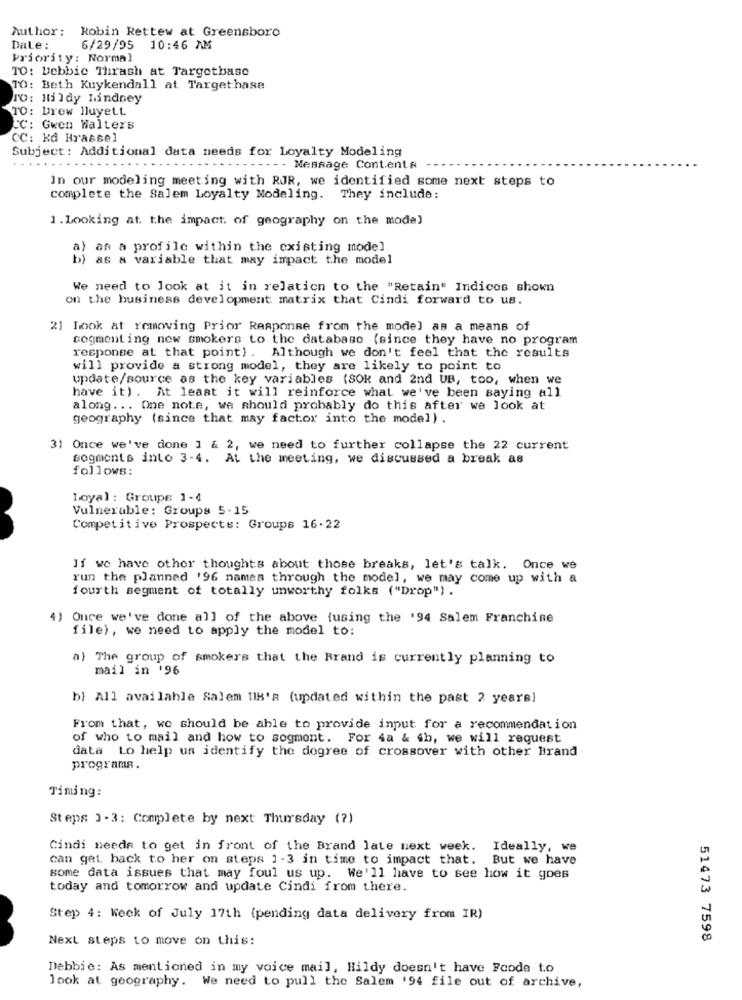
Author :
Robin Rettew at Greensboro
Dale :
6/29/95 10:46 AM
Priority: Normal
TO: Debbie Thrash at Targetbase
TO: Beth Kuykendall at Targethase
To: Hildy Lindsey
TO: Drew lluyett
CC: Gwen Walters
CC: kd Brassel
Subject: Additional data needs for Loyalty Modeling
Message Contents
In our modeling meeting with RJR, we identified some next steps to
complete the Salem Loyalty Modeling. They include:
1.Looking at. the impact. of geography on the model
a) an a profile within the existing model
b) as a variable that may impact the model
We need to look at it in relation to the "Retain" Indices shown
on the business development matrix that Cindi forward to us.
2] hook at removing Prior Response from the model as a means of
togmont ing new smokers to the database (since they have no program
response at that point) . Although we don't feel that the results
will provide a strong model, they are likely to point to
update/source as the key variables (SOK and 2nd UB, too, when we
have it). At least it will reinforce what we've been saying all
along ... One note, we should probably do this after we look at
geography (since that may factor into the model) .
31 Once we've done ] & 2, we need to further collapse the 22 current
sogments into 3-4. At the meeting, we discussed a break as
follows:
Loyal: Groupe 1-4
Vulnerable: Groups 5-15
Competitive Prospects: Groups 16-22
If we have other thoughts about those breaks, let's talk. Once we
run the planned '96 names through the model, we may come up with a
fourth segment of totally unworthy folks ("Drop") .
4) Once we've done all of the above (using the '94 Salem Franchine
file), we need to apply the model to:
a) The group of smokers that the Brand is currently planning to
mail in '96
b) All available Salem UIB's (updated within the past 2 years)
From that, we should be able to provide input for a recommendation
of who to mail and how to sogment. For 4a & 4h, we will request
data Lo help us identify the degree of crossover with other Brand
programa.
Timing:
Steps 1-3: Complete by next Thursday (?)
Cindi needs to get in front of the Brand late next week. Ideally, we
can get back to her on steps 1 -3 in time to impact that. But we have
some data issues that may foul us up. We'll have to see how it goes
today and tomorrow and update Cindi from there.
Step 4: Weck of July 17th {pending data delivery from IR)
Next steps to move on this:
51473 7598
Debbie: As mentioned in my voice mail, Hildy doesn't have Fcode to
look at geography. We need to pull the Salem '94 file out of archive,